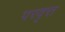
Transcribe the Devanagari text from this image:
परवृत्त